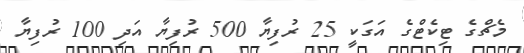
މެޗްގެ ޓިކެޓްގެ އަގަކީ 25 ރުފިޔާ 500 ރުފިޔާ އަދި 100 ރުފިޔާ